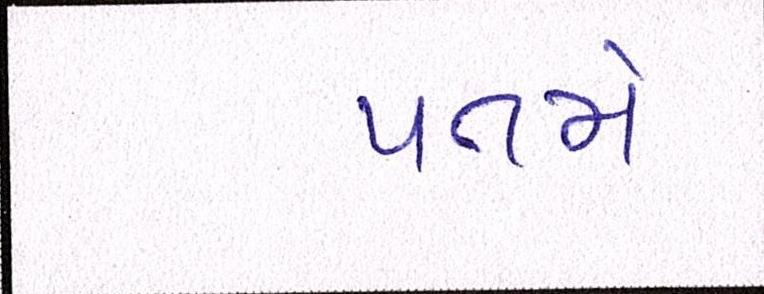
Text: પતમે